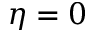
\eta = 0